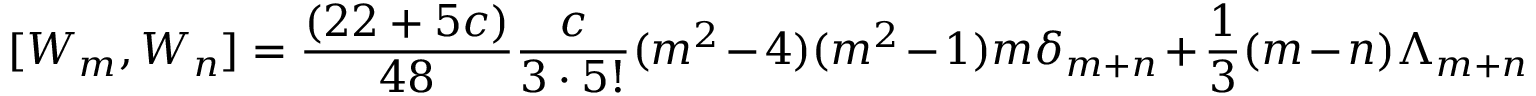
[ W _ { m } , W _ { n } ] = { \frac { ( 2 2 + 5 c ) } { 4 8 } } { \frac { c } { 3 \cdot 5 ! } } ( m ^ { 2 } - 4 ) ( m ^ { 2 } - 1 ) m \delta _ { m + n } + { \frac { 1 } { 3 } } ( m - n ) \Lambda _ { m + n }